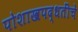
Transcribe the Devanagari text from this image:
पोशाखपद्धतींचे